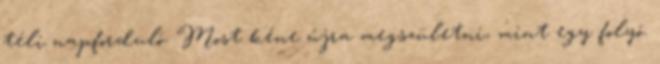
téli napforduló. Most kéne újra megszületni, mint egy folyó.